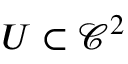
U \subset \mathcal { C } ^ { 2 }